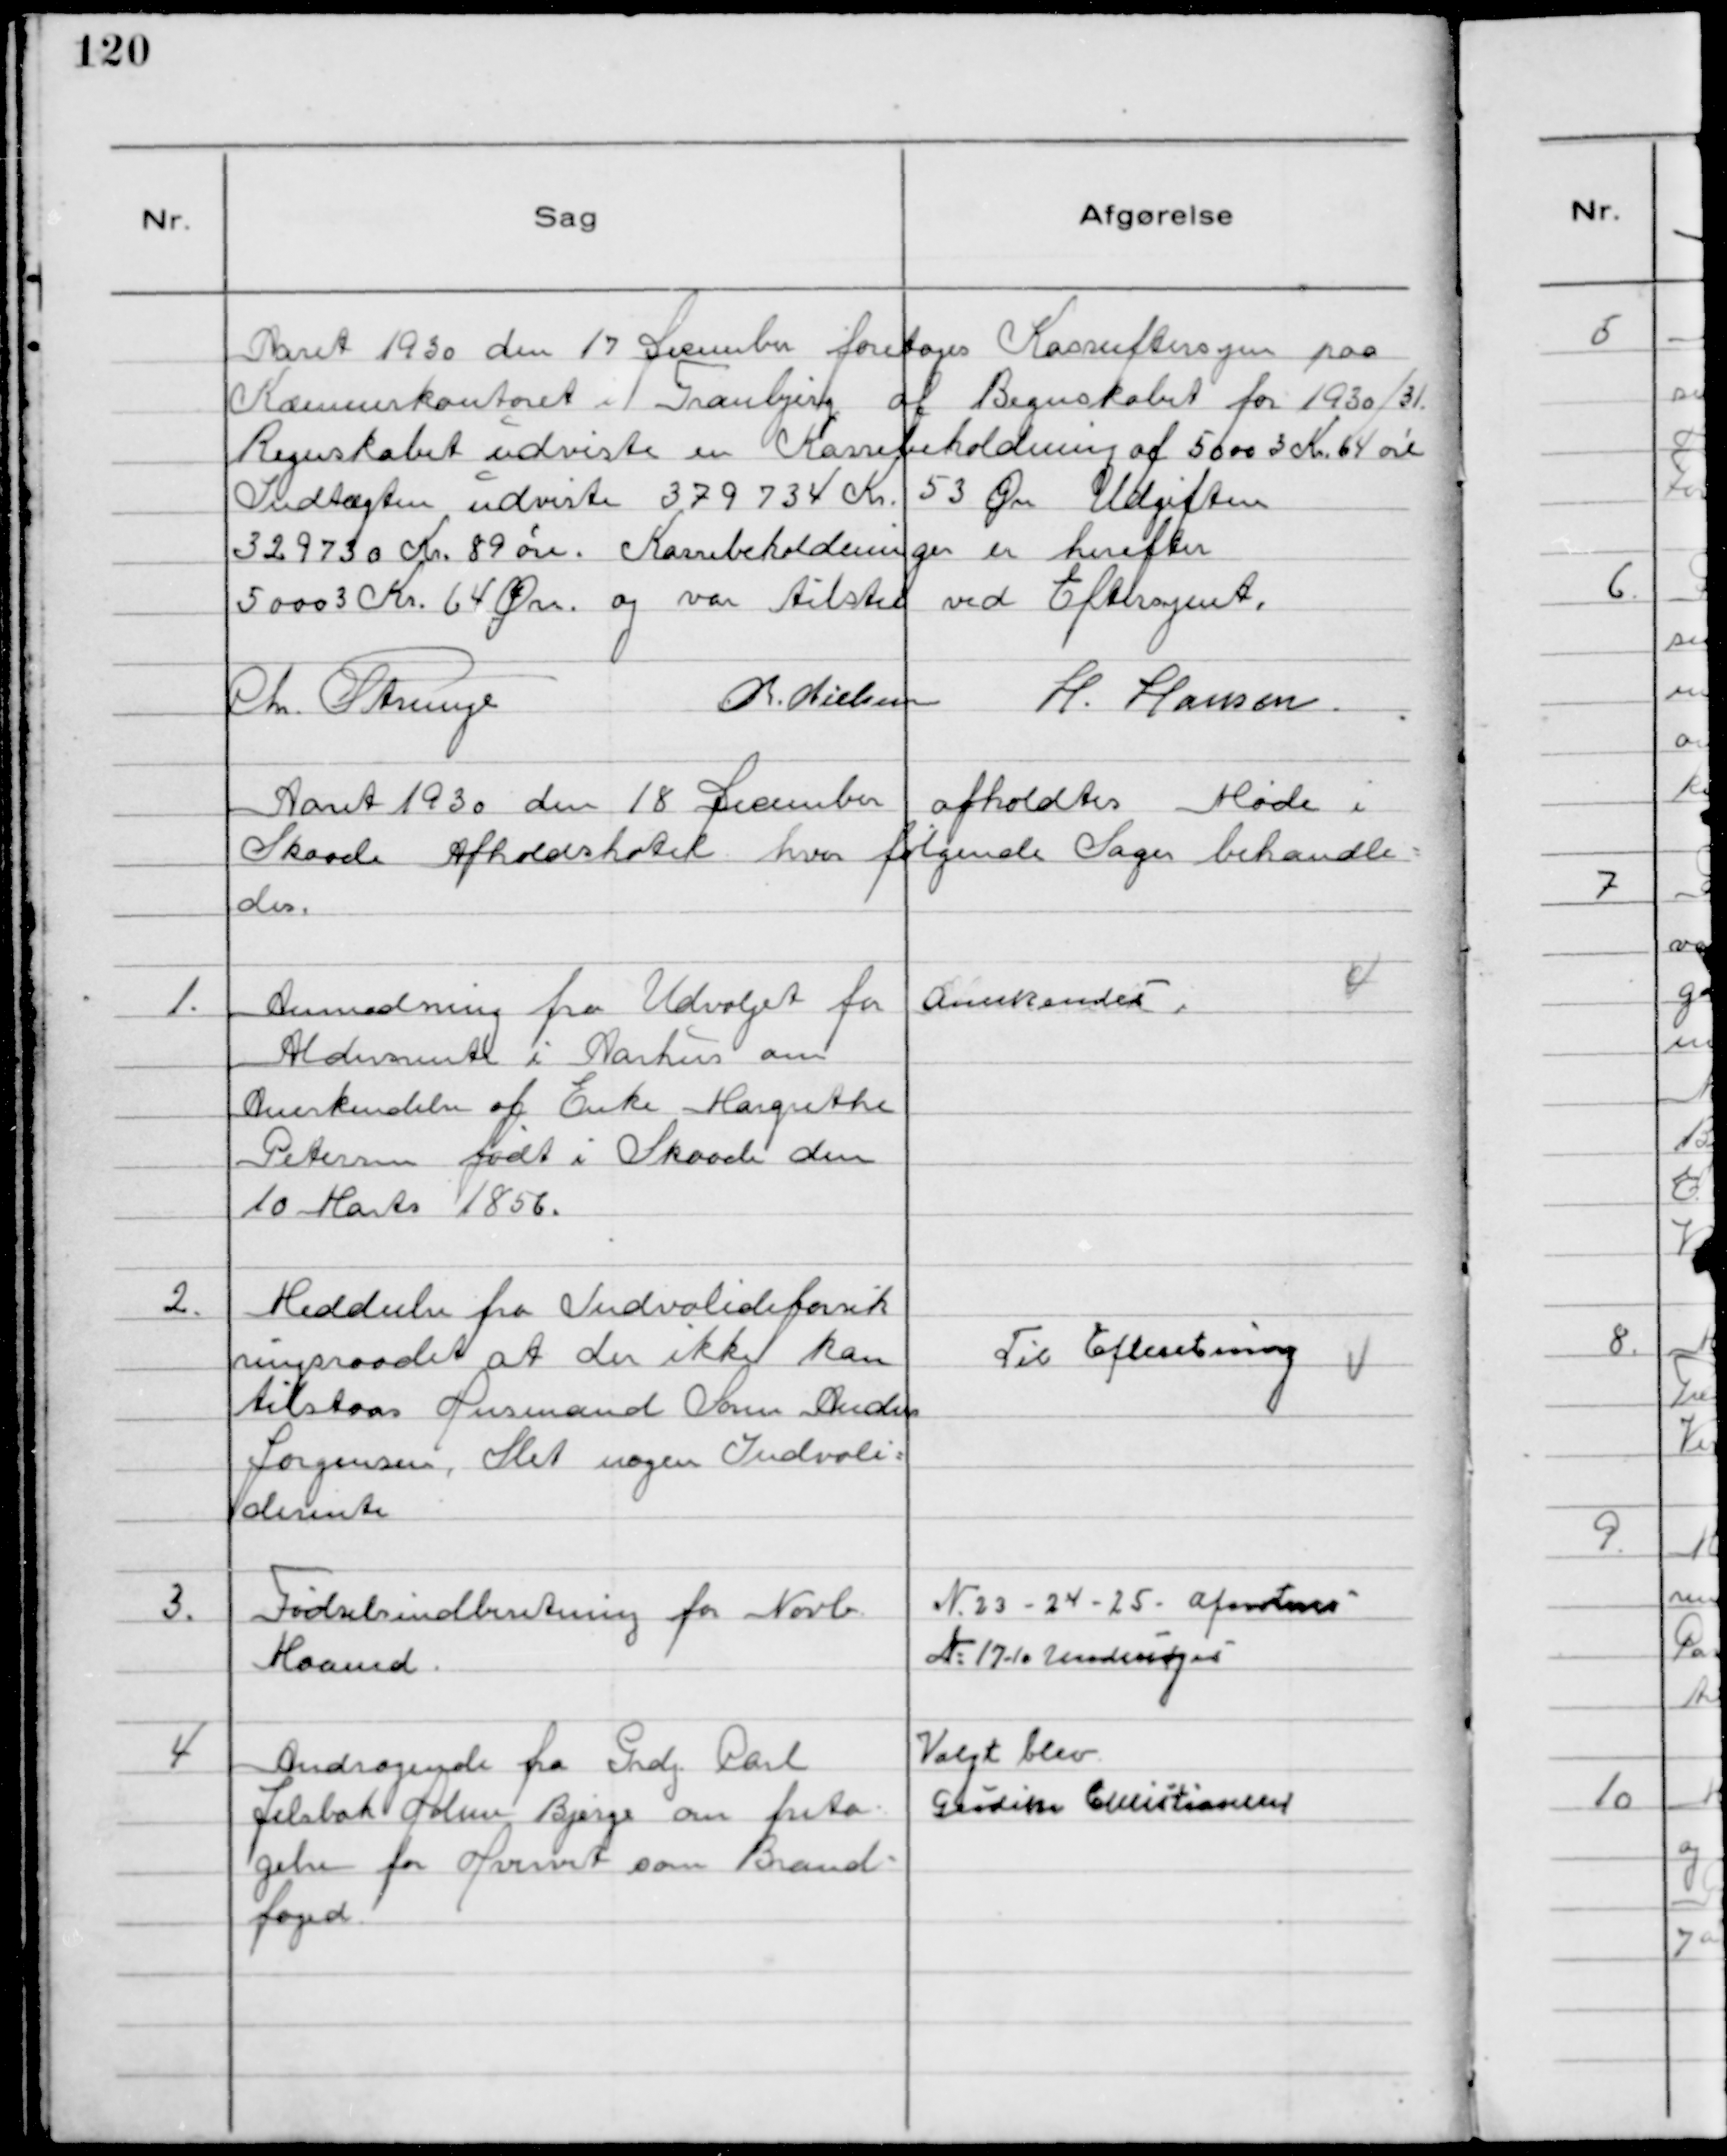
Transskription:
Aaret 1930 den 17 December foretoges Kasseeftersyn paa
Kommunekontoret i Tranbjerg af Regnskabet for 1930/31.
Regnskabet udviste en Kassebeholdning af 50003 Kr. 64 øre
Indtægten udviste 379734 Kr. 53 Øre Udgiften
329730 Kr. 89 øre. Kassebeholdningen er herefter
50003 Kr. 64 Øre og var tilsted ved Eftersynet.
Chr. Strunge
Chr. Nielsen
H. Hansen.

Aaret 1930 den 18 December afholdtes Møde i
Skaade Afholdshotel hvor følgende Sager behandle-
des.

1.
Anmodning fra Udvalget for
Aldersrente i Aarhus om
Anerkendelse af Enke Margrethe
Petersen født i Skaade den
10 Marts 1856.

Anerkendes

2.
Meddeelse fra Indvalideforsik
ringsraadet at der ikke kan
tilstaas Husmand Søren Anders
Jørgensen, Slet nogen Indvali-
derente

Til Efteretning

3.
Fødselsindberetning for Novb.
Maaned.

№ 23 - 24 - 25 - afnoteres
№ 17-10 Undersøges

4
Andragende fra Grdj. Carl
Jelsbak Holme Bjerge om frita-
gelse for Hvervet som Brand-
foged.

Valgt blev
Godike Christiansen